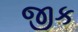
જીક